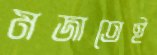
মজাতেই